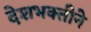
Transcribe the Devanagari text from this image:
देशभक्तीने